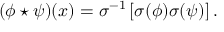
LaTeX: ( \phi \star \psi ) ( x ) = \sigma ^ { - 1 } \left[ \sigma ( \phi ) \sigma ( \psi ) \right] .